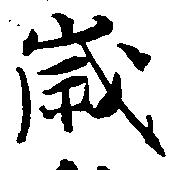
歳